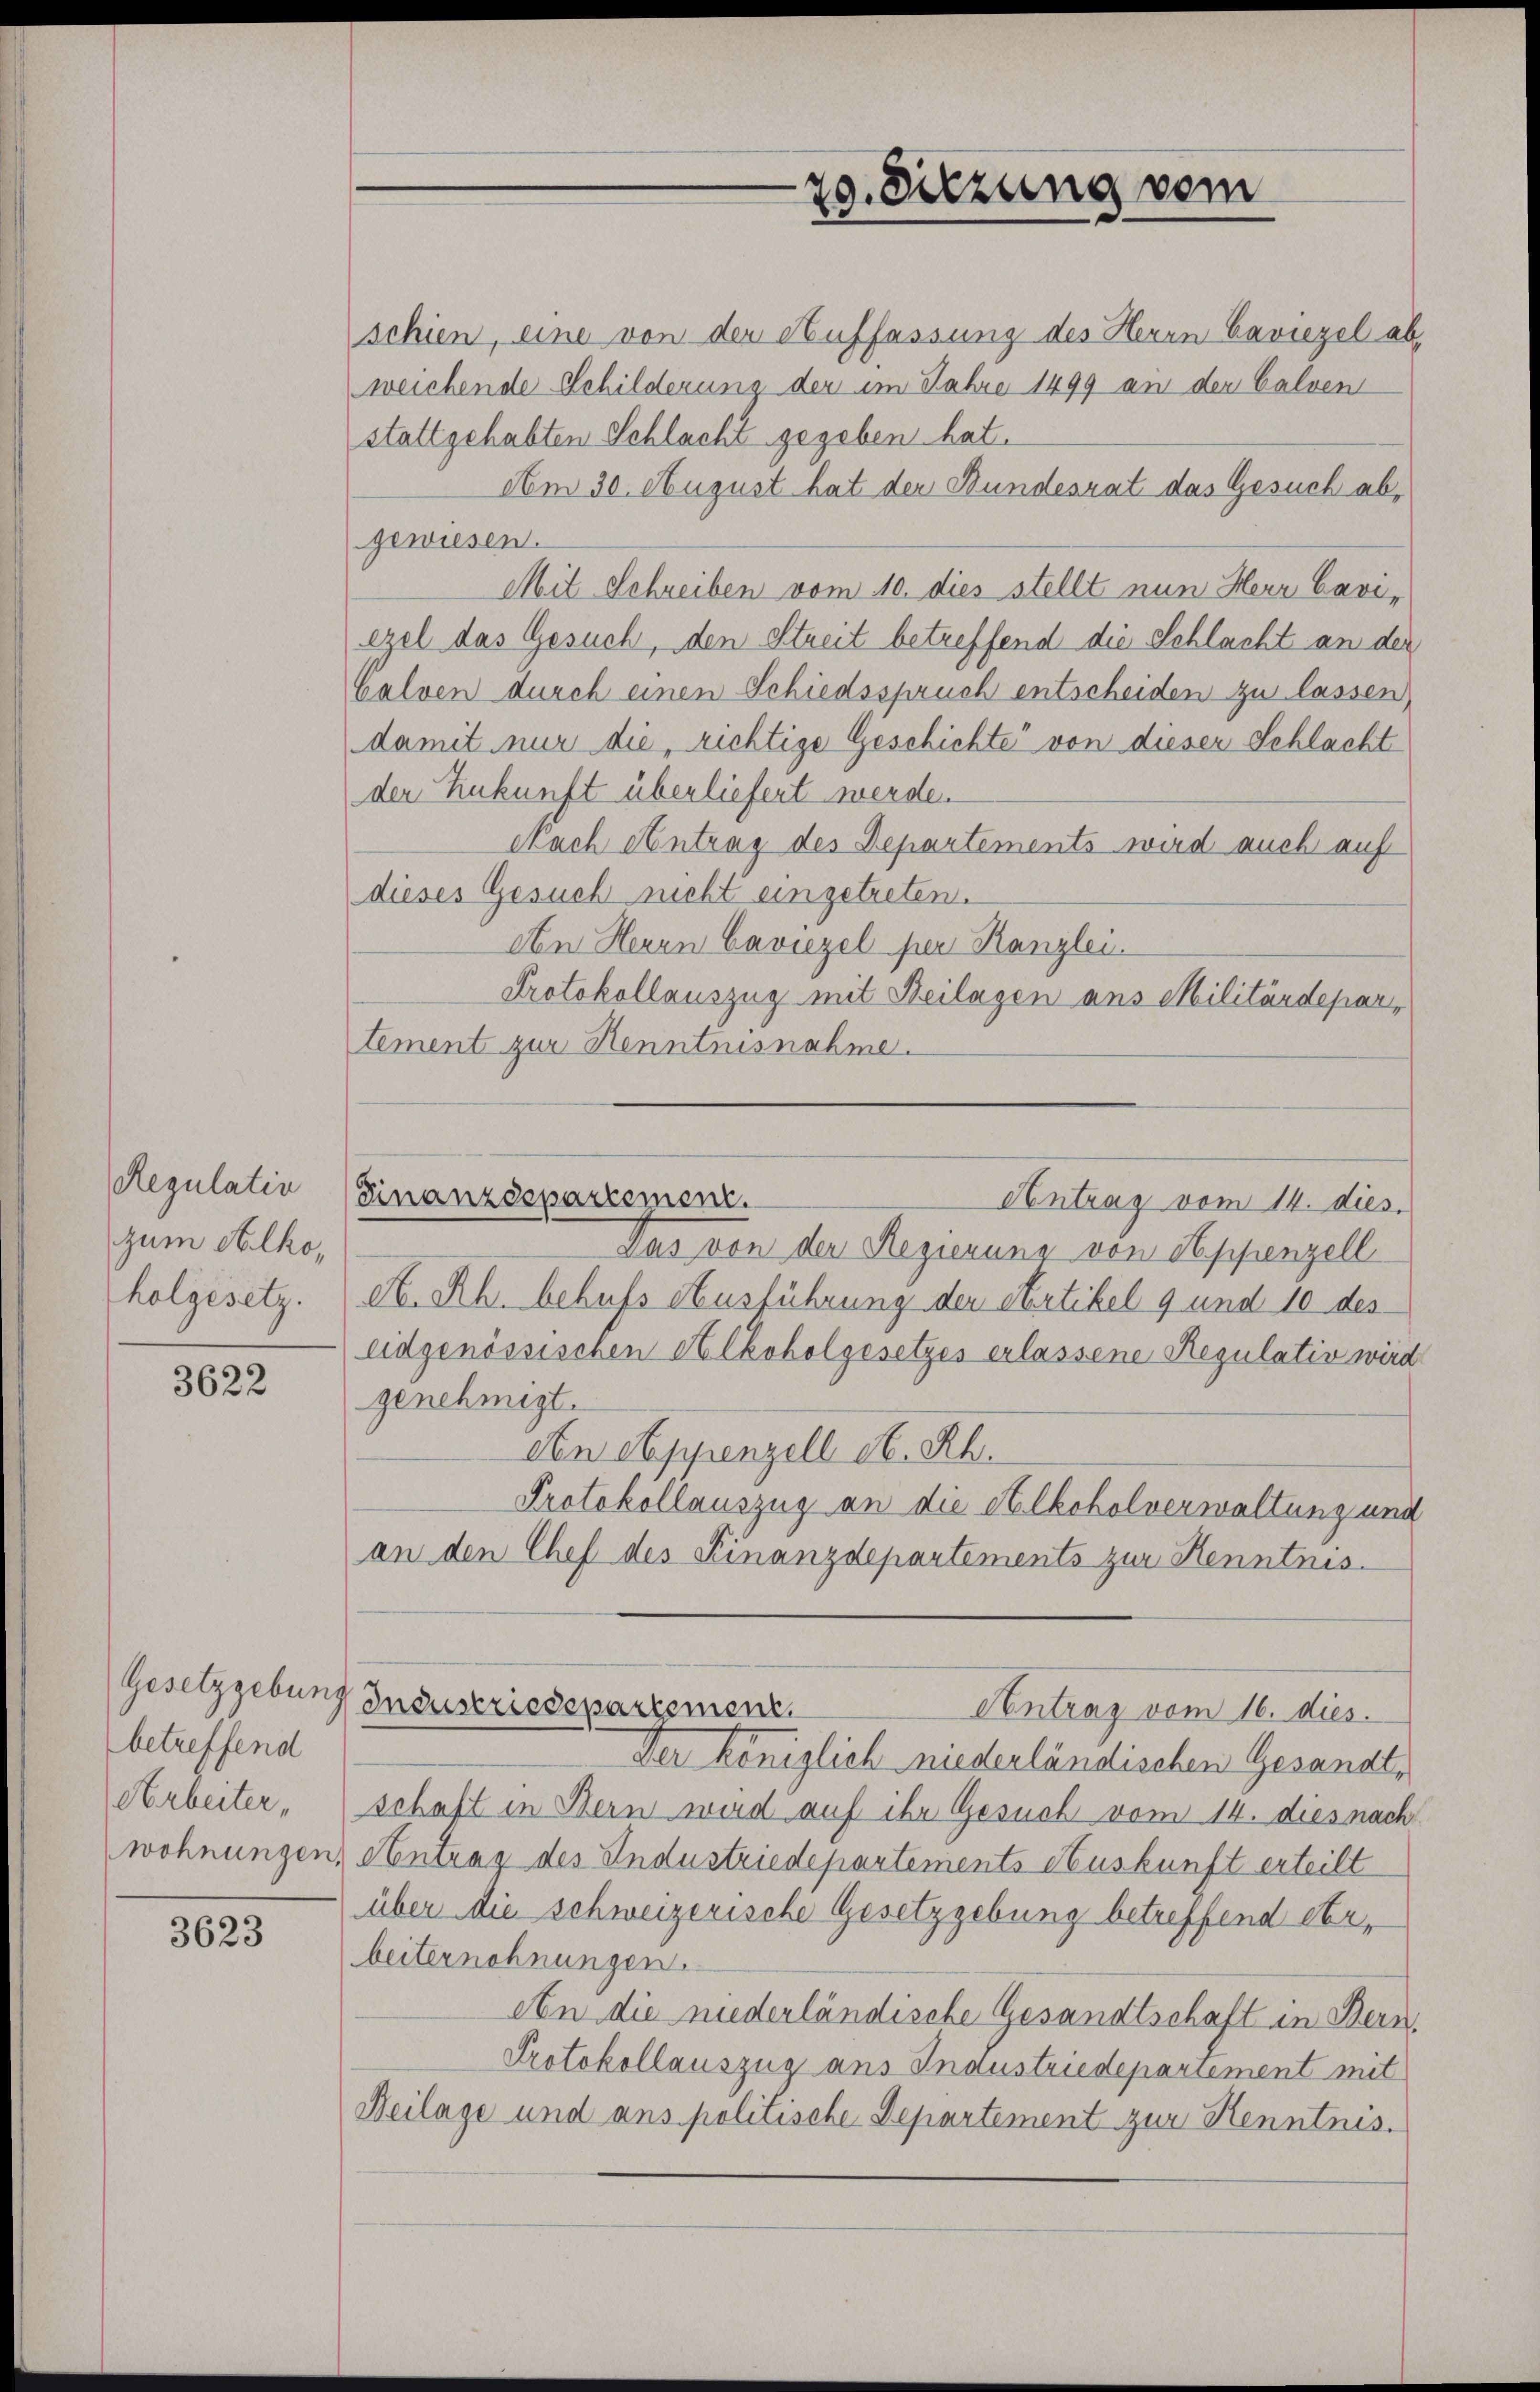
Regulatin
zum Alko,
holgesetz.

3622

Gesetzgebung
betreffend

3623

29. Sitzung vom

schien, eine von der Auffassung des Herrn Caviezel ab,
weichende Schilderung der im Jahre 1499 an der Galven
stattgehabten Schlacht gegeben hat.
Am 30. August hat der Bundesrat das Gesuch abgewiesen.
Mit Schreiben vom 10. dies stellt nun Herr Cavierel das Gesuch, den Streit betreffend die Schlacht an der
Galven durch einen Schiedsspruch entscheiden zu lassen,
damit nur die richtige Geschichte von dieser Schlacht
den Zukunft überliefert werde.
Nach Antrag des Departements wird auch auf
dieses Gesuch nicht eingetreten.
An Herrn Caviezel per Kanzlei.
Protokollauszug mit Beilagen aus Militärdepartement zur Kenntnisnahme.

Finanzdepartement.
Antrag vom 14. dies

Das von der Regierung von Appenzell
At. Rh. behufs Ausführung der Artikel 9 und 10 des
eidgenössischen Alkoholgesetzes erlassene Regulativ wird
genehmigt.
An Appenzell St. Rh.
Protokollauszug an die Alkoholverwaltung und
an den Chef des Finanzdepartements zur Kenntnis.
Industriedepartement
Antrag vom 16. dies.
Der königlich niederländischen Gesandt,
Arbeiter schaft in Bern wird auf ihr Gesuch vom 14. dies nach
wohnungen, Antrag des Industriedepartements Auskunft erteilt
über die schweizerische Gesetzgebung betreffend ebebeiternehmungen.
An die niederländische Gesandtschaft in Bern.
Protokollauszug aus Industriedepartement mit
Beilage und ans politische Departement zur Kenntnis.